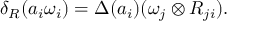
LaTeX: \delta _ { R } ( a _ { i } \omega _ { i } ) = \Delta ( a _ { i } ) ( \omega _ { j } \otimes R _ { j i } ) .